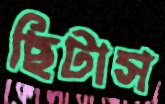
ছিটাস